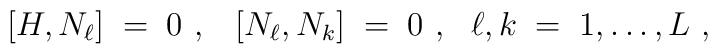
\left[ H, N_\ell\right] \;=\; 0~,~~\left[ N_\ell, N_k\right] \;=\;0~,~~\ell, k \;=\; 1,\ldots,L~,